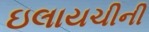
ઇલાયચીની